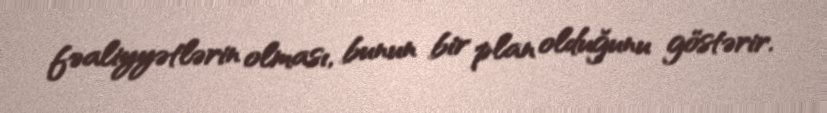
fəaliyyətlərin olması, bunun bir plan olduğunu göstərir.